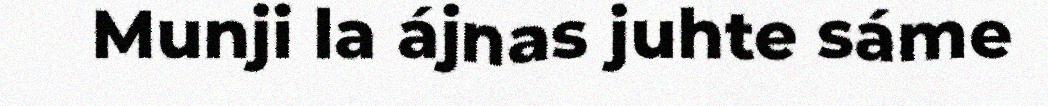
Munji la ájnas juhte sáme